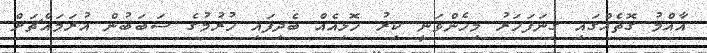
އާއްމު ގޮތެއްގައި ގިނަފަހަރު މިހެންވަނީ ކިރު ހޮޅިއެއް ބެދިފައި ހުރުމުގެ ސަބަބުން އުރަމައްޗަށް